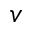
v